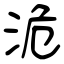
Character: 洈